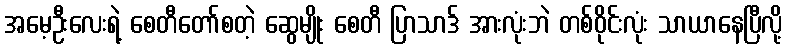
အမေ့ဦးလေးရဲ့ စေတီတော်စတဲ့ ဆွေမျိုး စေတီ ပြာသာဒ် အားလုံးဘဲ တစ်ဝိုင်းလုံး သာယာနေပြီလို့